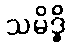
သမိဒ္ဓိ